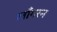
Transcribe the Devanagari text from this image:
लाँगरन